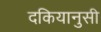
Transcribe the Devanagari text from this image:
दकियानुसी